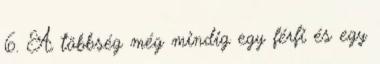
6. A többség még mindig egy férfi és egy